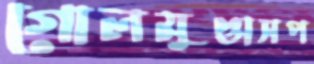
গোলমুণ্ডাসপ